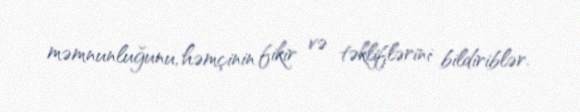
məmnunluğunu, həmçinin fikir və təkliflərini bildiriblər.